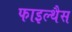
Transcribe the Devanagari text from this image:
फाइल्थैस